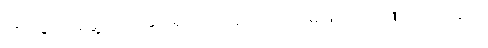
အိပ်ခြင်း၌မွေ့လျော်ခြင်းရှိသည်။ နဟောတိ၊ မဖြစ်။ သင်္ဂဏိကာရာမော၊